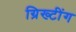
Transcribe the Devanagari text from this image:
ग्रिख्टींग